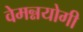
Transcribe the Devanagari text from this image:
वेमन्नयोगी